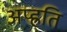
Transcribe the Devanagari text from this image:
अप्ह्रति